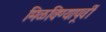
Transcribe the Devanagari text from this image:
मिळविण्यापूर्वी